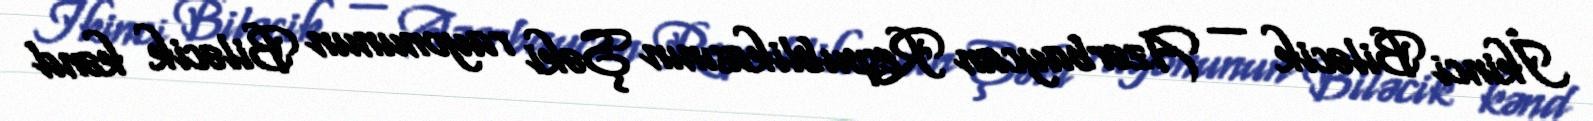
İkinci Biləcik — Azərbaycan Respublikasının Şəki rayonunun Biləcik kənd